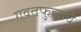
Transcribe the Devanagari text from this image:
गवतफुलाचे